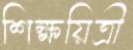
শিক্ষয়িত্রী